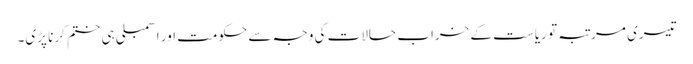
تیسری مرتبہ تو ریاست کے خراب حالات کی وجہ سے حکومت اور اسمبلی ہی ختم کرنا پڑی۔